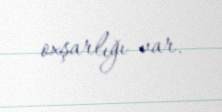
oxşarlığı var.